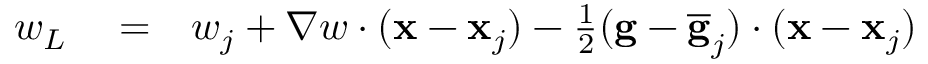
\begin{array} { r l r } { w _ { L } } & { { } = } & { w _ { j } + \nabla w \cdot ( { \bf x } - { \bf x } _ { j } ) - \frac { 1 } { 2 } ( { \bf g } - \overline { { \bf g } } _ { j } ) \cdot ( { \bf x } - { \bf x } _ { j } ) } \end{array}